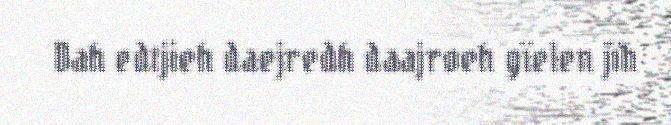
Dah edtjieh daejredh daajroeh gïelen jïh